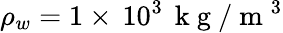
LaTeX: \rho_{w}=1\times\, 10^{3}\, \mathrm{~k~g~}/\mathrm{~m~}^{3}